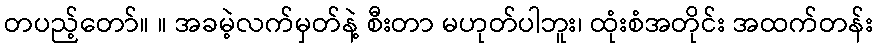
တပည့်တော်။ ။ အခမဲ့လက်မှတ်နဲ့ စီးတာ မဟုတ်ပါဘူး၊ ထုံးစံအတိုင်း အထက်တန်း